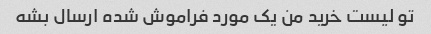
تو لیست خرید من یک مورد فراموش شده ارسال بشه